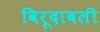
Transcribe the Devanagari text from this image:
विरूदावली